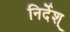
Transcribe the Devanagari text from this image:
निर्देश्